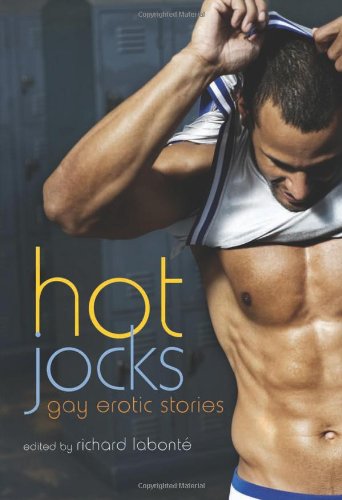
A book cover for Hot Jocks: Gay Erotic Stories; Romance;